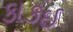
કાકઇ